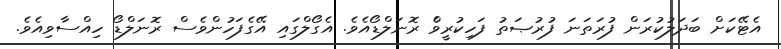
އެޓޭކަށް ބަދަލުކުރަން ފުރަތަނަ ފުރުޞަތު ފަހިކުރީވެް ރޮނަލްޑޯއެވެ. އެގޯލްގައި އޭގެފަހުންވެސް ރޮނަލްޑޯ ހިއްސާވިއެވެ.